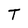
Character: T